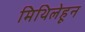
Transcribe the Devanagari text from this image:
मिथिलेहून